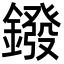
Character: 鏺